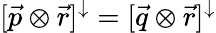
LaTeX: [\vec{p}\otimes\vec{r}]^{\downarrow}=[\vec{q}\otimes\vec{r}]^{\downarrow}